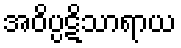
အဝိပ္ပဋိသာရာယ